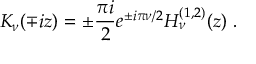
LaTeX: K _ { \nu } ( \mp i z ) = \pm \frac { \pi i } { 2 } e ^ { \pm i \pi \nu / 2 } H _ { \nu } ^ { ( 1 , 2 ) } ( z ) \; .